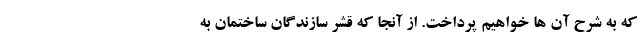
که به شرح آن ها خواهیم پرداخت. از آنجا که قشر سازندگان ساختمان به